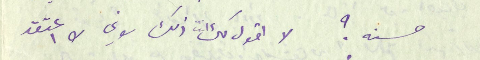
حسنه؟ لا اقول لك انت ذلك لاني لا اعتقد